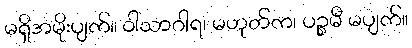
မရှိအမိုးပျက်။ ဝါသာဂါရ၊ မဟုတ်က၊ ပဉ္စမီ မပျက်။